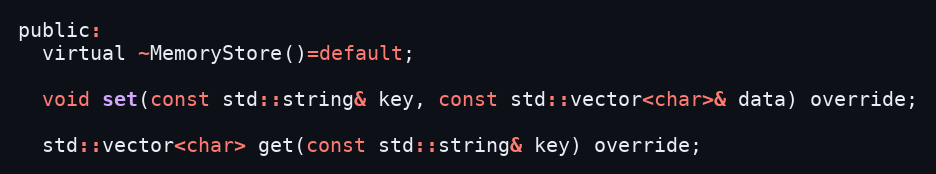
Language: C
public:
  virtual ~MemoryStore()=default;

  void set(const std::string& key, const std::vector<char>& data) override;

  std::vector<char> get(const std::string& key) override;